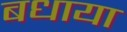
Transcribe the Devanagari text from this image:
बधाया